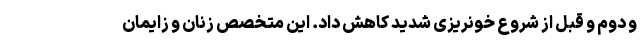
و دوم و قبل از شروع خونریزی شدید کاهش داد. این متخصص زنان و زایمان